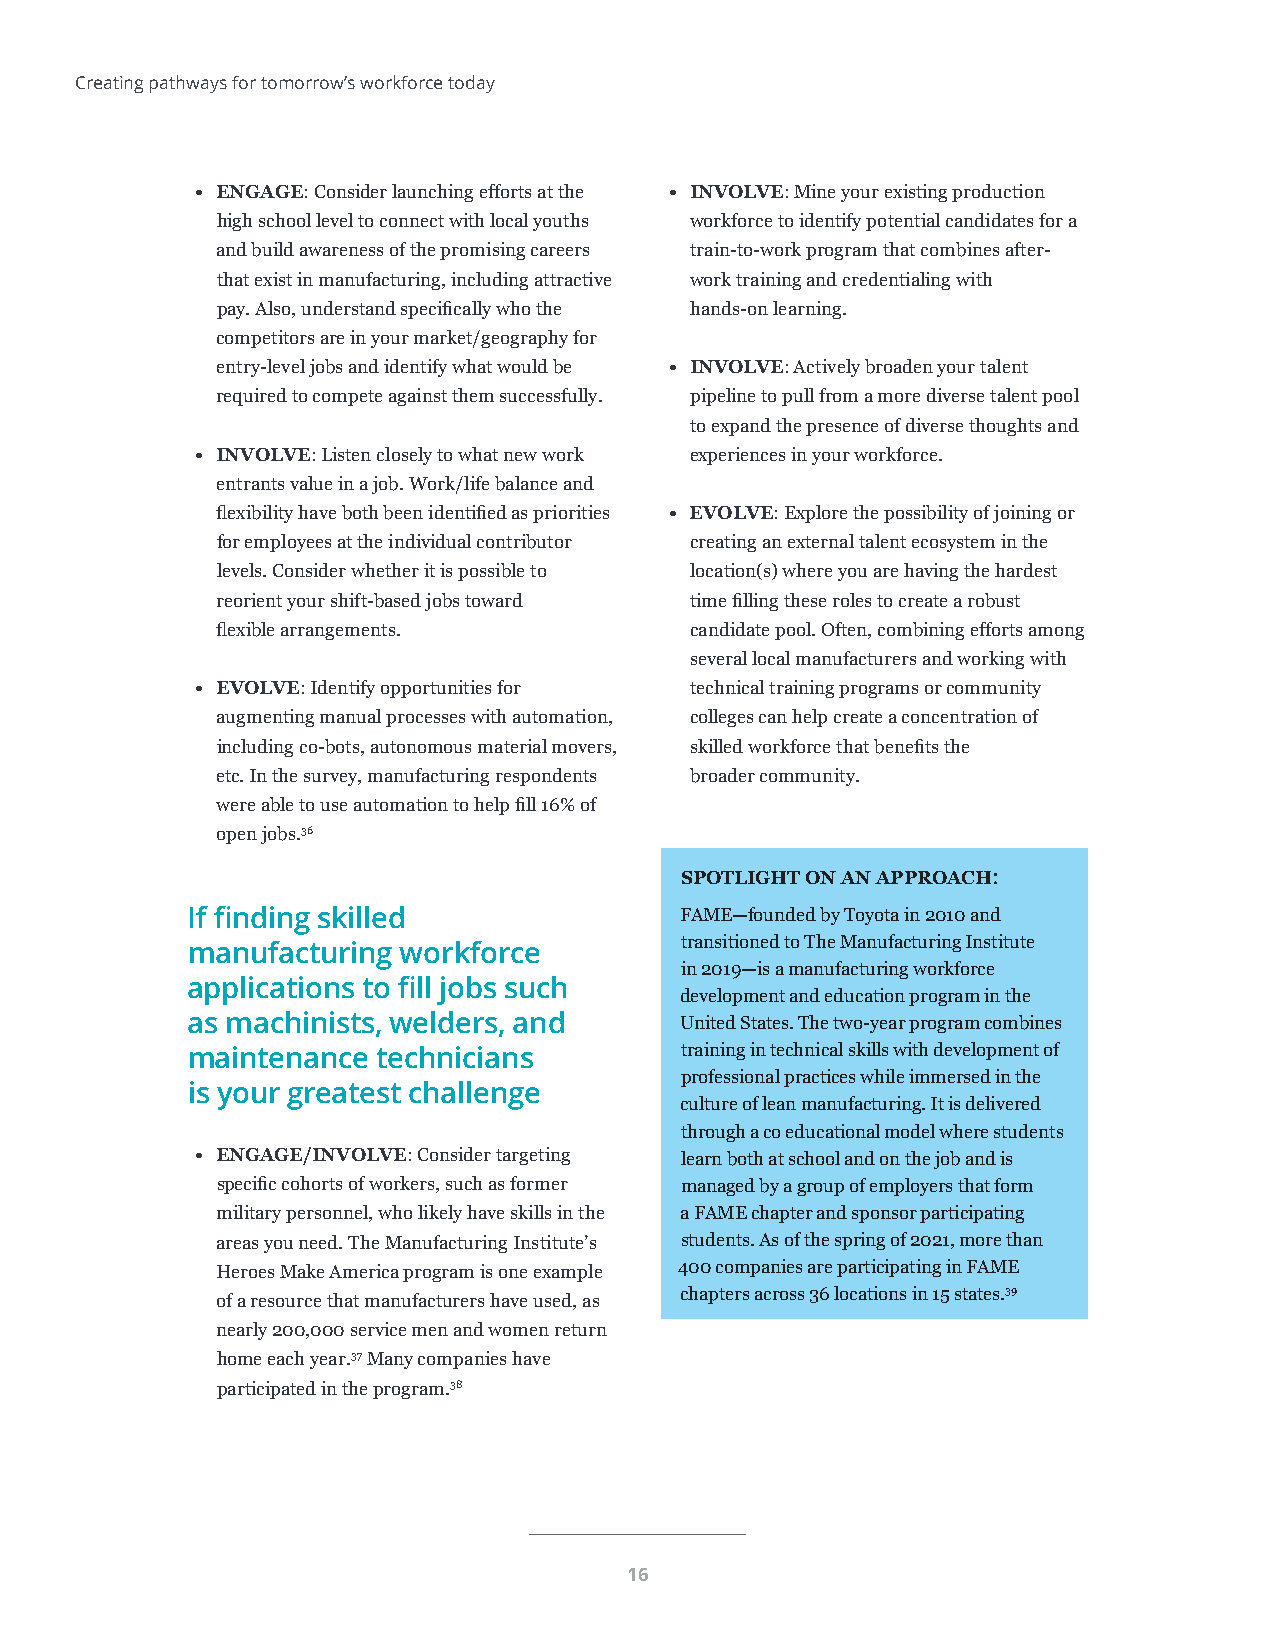
Creating pathways for tomorrow’s workforce today
 • ENGAGE: Consider launching efforts at the • INVOLVE: Mine your existing production
 high school level to connect with local youths workforce to identify potential candidates for a
 and build awareness of the promising careers train-to-work program that combines after-
 that exist in manufacturing, including attractive work training and credentialing with
 pay. Also, understand specifically who the hands-on learning.
 competitors are in your market/geography for
 entry-level jobs and identify what would be • INVOLVE: Actively broaden your talent
 required to compete against them successfully. pipeline to pull from a more diverse talent pool
 to expand the presence of diverse thoughts and
 • INVOLVE: Listen closely to what new work experiences in your workforce.
 entrants value in a job. Work/life balance and
 flexibility have both been identified as priorities • EVOLVE: Explore the possibility of joining or
 for employees at the individual contributor creating an external talent ecosystem in the
 levels. Consider whether it is possible to location(s) where you are having the hardest
 reorient your shift-based jobs toward time filling these roles to create a robust
 flexible arrangements.          candidate pool. Often, combining efforts among
 several local manufacturers and working with
 • EVOLVE: Identify opportunities for technical training programs or community
 augmenting manual processes with automation, colleges can help create a concentration of
 including co-bots, autonomous material movers, skilled workforce that benefits the
 etc. In the survey, manufacturing respondents broader community.
 were able to use automation to help fill 16% of
 open jobs.36
 SPOTLIGHT ON AN APPROACH:
 If finding skilled               FAME—founded by Toyota in 2010 and
 transitioned to The Manufacturing Institute
 manufacturing  workforce
 in 2019—is a manufacturing workforce
 applications to fill jobs such
 development and education program in the
 as machinists, welders, and      United States. The two-year program combines
 maintenance  technicians         training in technical skills with development of
 professional practices while immersed in the
 is your greatest challenge
 culture of lean manufacturing. It is delivered
 through a co educational model where students
 • ENGAGE/INVOLVE: Consider targeting learn both at school and on the job and is
 specific cohorts of workers, such as former managed by a group of employers that form
 military personnel, who likely have skills in the a FAME chapter and sponsor participating
 areas you need. The Manufacturing Institute’s students. As of the spring of 2021, more than
 Heroes Make America program is one example 400 companies are participating in FAME
 chapters across 36 locations in 15 states.39
 of a resource that manufacturers have used, as
 nearly 200,000 service men and women return
 home each year.37 Many companies have
 participated in the program.38
 16